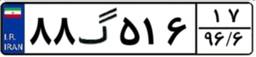
۸۸گ۵۱۶۱۷